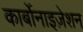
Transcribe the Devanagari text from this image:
कार्बोनाइज़ेशन